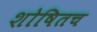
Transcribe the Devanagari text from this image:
शोषितच